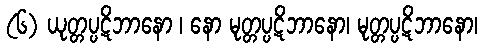
(၆) ယုတ္တပ္ပဋိဘာနော ၊ နော မုတ္တပ္ပဋိဘာနော၊ မုတ္တပ္ပဋိဘာနော၊